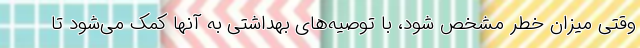
وقتی میزان خطر مشخص شود، با توصیه‌های بهداشتی به آنها کمک می‌شود تا